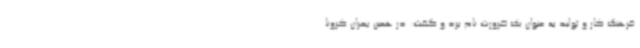
فرهنگ کار و تولید به عنوان یک ضرورت نام برد و گفت: در همین بحران کرونا